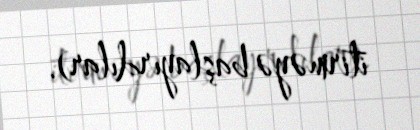
itirməyə başlayırdılar).